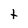
Character: t